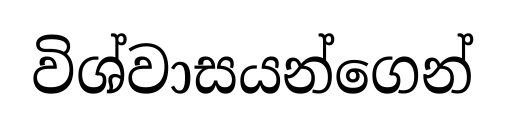
විශ්වාසයන්ගෙන්